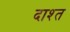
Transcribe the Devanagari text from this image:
दाश्त